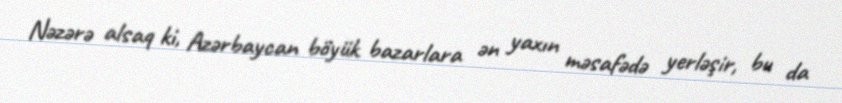
Nəzərə alsaq ki, Azərbaycan böyük bazarlara ən yaxın məsafədə yerləşir, bu da